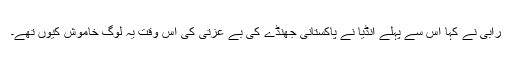
رابی نے کہا اس سے پہلے انڈیا نے پاکستانی جھنڈے کی بے عزتی کی اس وقت یہ لوگ خاموش کیوں تھے۔